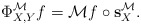
\begin{align*}\Phi_{X,Y}^{\mathcal M}f=\mathcal Mf\circ {\bf s}_X^{\mathcal M}.\end{align*}